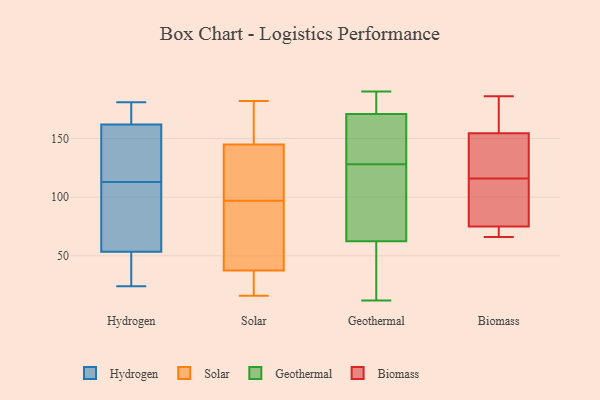
{"axis": {"x": "Market Share (%)", "y": "Value"}, "legend": ["Biomass", "Geothermal", "Hydrogen", "Solar"], "data": [{"x": "", "y": 29, "type": "Hydrogen"}, {"x": "", "y": 165, "type": "Hydrogen"}, {"x": "", "y": 159, "type": "Hydrogen"}, {"x": "", "y": 24, "type": "Hydrogen"}, {"x": "", "y": 181, "type": "Hydrogen"}, {"x": "", "y": 103, "type": "Hydrogen"}, {"x": "", "y": 123, "type": "Hydrogen"}, {"x": "", "y": 58, "type": "Hydrogen"}, {"x": "", "y": 58, "type": "Hydrogen"}, {"x": "", "y": 130, "type": "Hydrogen"}, {"x": "", "y": 49, "type": "Hydrogen"}, {"x": "", "y": 172, "type": "Hydrogen"}, {"x": "", "y": 152, "type": "Solar"}, {"x": "", "y": 97, "type": "Solar"}, {"x": "", "y": 39, "type": "Solar"}, {"x": "", "y": 25, "type": "Solar"}, {"x": "", "y": 16, "type": "Solar"}, {"x": "", "y": 182, "type": "Solar"}, {"x": "", "y": 97, "type": "Solar"}, {"x": "", "y": 28, "type": "Solar"}, {"x": "", "y": 39, "type": "Solar"}, {"x": "", "y": 163, "type": "Solar"}, {"x": "", "y": 37, "type": "Solar"}, {"x": "", "y": 171, "type": "Solar"}, {"x": "", "y": 177, "type": "Solar"}, {"x": "", "y": 90, "type": "Solar"}, {"x": "", "y": 54, "type": "Solar"}, {"x": "", "y": 107, "type": "Solar"}, {"x": "", "y": 18, "type": "Solar"}, {"x": "", "y": 124, "type": "Solar"}, {"x": "", "y": 122, "type": "Solar"}, {"x": "", "y": 177, "type": "Geothermal"}, {"x": "", "y": 60, "type": "Geothermal"}, {"x": "", "y": 92, "type": "Geothermal"}, {"x": "", "y": 16, "type": "Geothermal"}, {"x": "", "y": 127, "type": "Geothermal"}, {"x": "", "y": 180, "type": "Geothermal"}, {"x": "", "y": 66, "type": "Geothermal"}, {"x": "", "y": 12, "type": "Geothermal"}, {"x": "", "y": 65, "type": "Geothermal"}, {"x": "", "y": 190, "type": "Geothermal"}, {"x": "", "y": 164, "type": "Geothermal"}, {"x": "", "y": 130, "type": "Geothermal"}, {"x": "", "y": 129, "type": "Geothermal"}, {"x": "", "y": 184, "type": "Geothermal"}, {"x": "", "y": 52, "type": "Geothermal"}, {"x": "", "y": 165, "type": "Geothermal"}, {"x": "", "y": 174, "type": "Biomass"}, {"x": "", "y": 95, "type": "Biomass"}, {"x": "", "y": 73, "type": "Biomass"}, {"x": "", "y": 66, "type": "Biomass"}, {"x": "", "y": 186, "type": "Biomass"}, {"x": "", "y": 141, "type": "Biomass"}, {"x": "", "y": 132, "type": "Biomass"}, {"x": "", "y": 70, "type": "Biomass"}, {"x": "", "y": 77, "type": "Biomass"}, {"x": "", "y": 129, "type": "Biomass"}, {"x": "", "y": 168, "type": "Biomass"}, {"x": "", "y": 103, "type": "Biomass"}]}